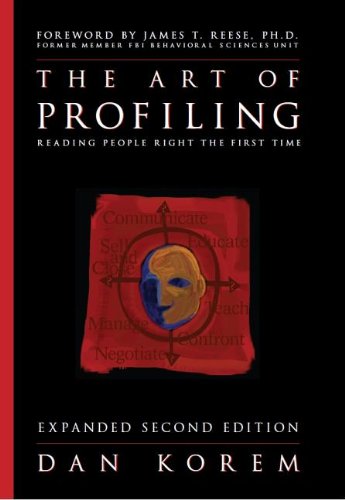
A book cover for The Art of Profiling - Reading People Right the First Time - Expanded and Revised 2nd edition; Dan Korem; Business & Money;